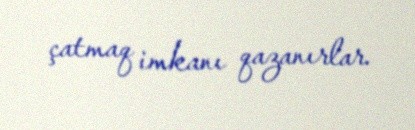
çatmaq imkanı qazanırlar.